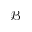
\mathcal { B }